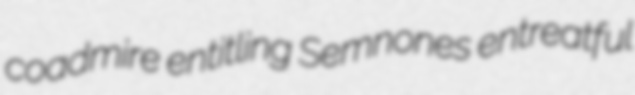
coadmire entitling Semnones entreatful